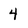
Character: 4